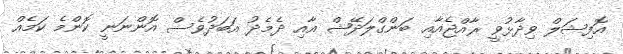
އޮފިޝަލް ވިދާޅުވީ ރާއްޖެއާއި ބަންގްލަދޭޝް އާއި ދެމެދު އަބަދުވެސް އޮންނަނީ ކޮންމެ ކަމެއް